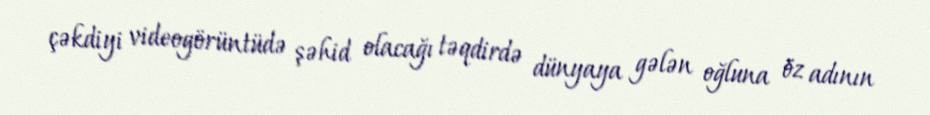
çəkdiyi videogörüntüdə şəhid olacağı təqdirdə dünyaya gələn oğluna öz adının